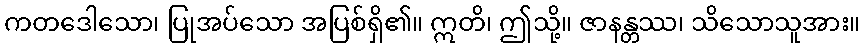
ကတဒေါသော၊ ပြုအပ်သော အပြစ်ရှိ၏။ ဣတိ၊ ဤသို့။ ဇာနန္တဿ၊ သိသောသူအား။